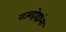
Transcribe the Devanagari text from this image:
राज्यद्रोह्यांना